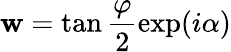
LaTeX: \mathbf{w}=\tan\frac{{\varphi}}{{2}}\exp(i\alpha)